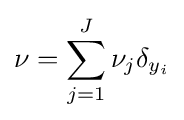
\nu =\sum _{j=1}^{J}\nu _{j}\delta _{y_{i}}